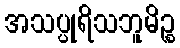
အသပ္ပုရိသဘူမိဉ္စ